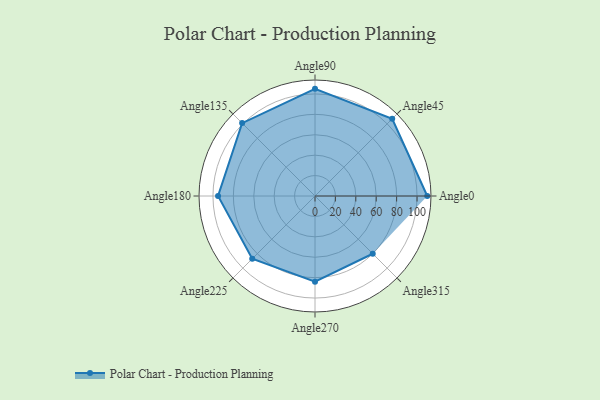
{"axis": {"x": "Angle", "y": "Radius"}, "legend": [""], "data": [{"x": "Angle0", "y": 110.0, "type": ""}, {"x": "Angle45", "y": 107.0, "type": ""}, {"x": "Angle90", "y": 105.0, "type": ""}, {"x": "Angle135", "y": 101.0, "type": ""}, {"x": "Angle180", "y": 95.0, "type": ""}, {"x": "Angle225", "y": 87.0, "type": ""}, {"x": "Angle270", "y": 84.0, "type": ""}, {"x": "Angle315", "y": 80.0, "type": ""}]}